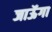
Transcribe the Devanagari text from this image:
जाऊॅगा